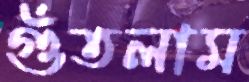
গুঁতলাম